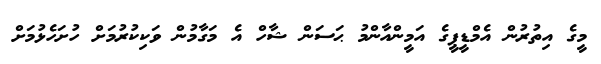
މީގެ އިތުރުން އެމްޑީޕީގެ އަމީންއާންމު ޙަސަން ޝާހް އެ މަގާމުން ވަކިކުރުމަށް ހުށަހެޅުމަށް